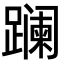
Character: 𨅬